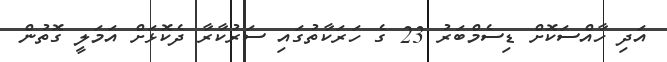
އަދި ހާއްސަކޮށް ޑިސެމްބަރު 23 ގެ ހަރަކާތުގައި ސަރުކާރާ ދެކޮޅަށް އަމަލީ ގޮތުން